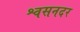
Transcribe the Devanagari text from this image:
श्वसनदर